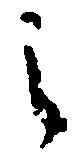
之